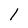
Character: l